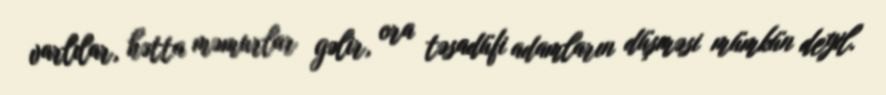
varlılar, hətta məmurlar gəlir, ora təsadüfi adamların düşməsi mümkün deyil.